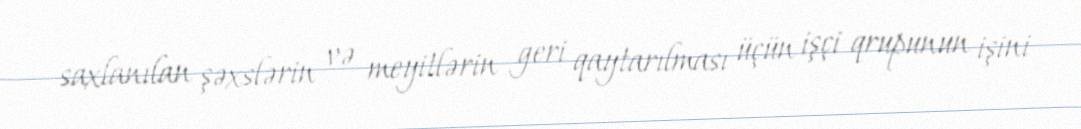
saxlanılan şəxslərin və meyitlərin geri qaytarılması üçün işçi qrupunun işini